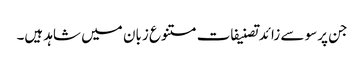
جن پرسو سے زائدتصنیفات متنوع زبان میں شاہد ہیں۔